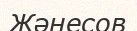
Жәнесов